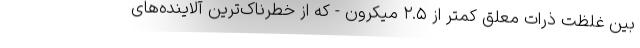
بین غلظت ذرات معلق کمتر از ۲.۵ میکرون - که از خطرناک‌ترین آلاینده‌های